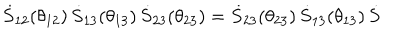
\dot { S } _ { 1 2 } ( \theta _ { 1 2 } ) \, \dot { S } _ { 1 3 } ( \theta _ { 1 3 } ) \, \dot { S } _ { 2 3 } ( \theta _ { 2 3 } ) = \dot { S } _ { 2 3 } ( \theta _ { 2 3 } ) \, \dot { S } _ { 1 3 } ( \theta _ { 1 3 } ) \, \dot { S }